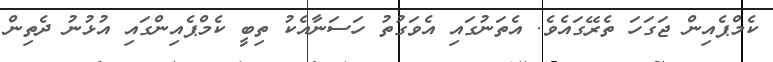
ކެމްޕެއިން ޖަގަހަ ތެރޭގައެވެ. އެތަނުގައި އެވަގުތު ހަސަނާއެކު ތިބީ ކެމްޕެއިންގައި އުޅުނު ދެތިން